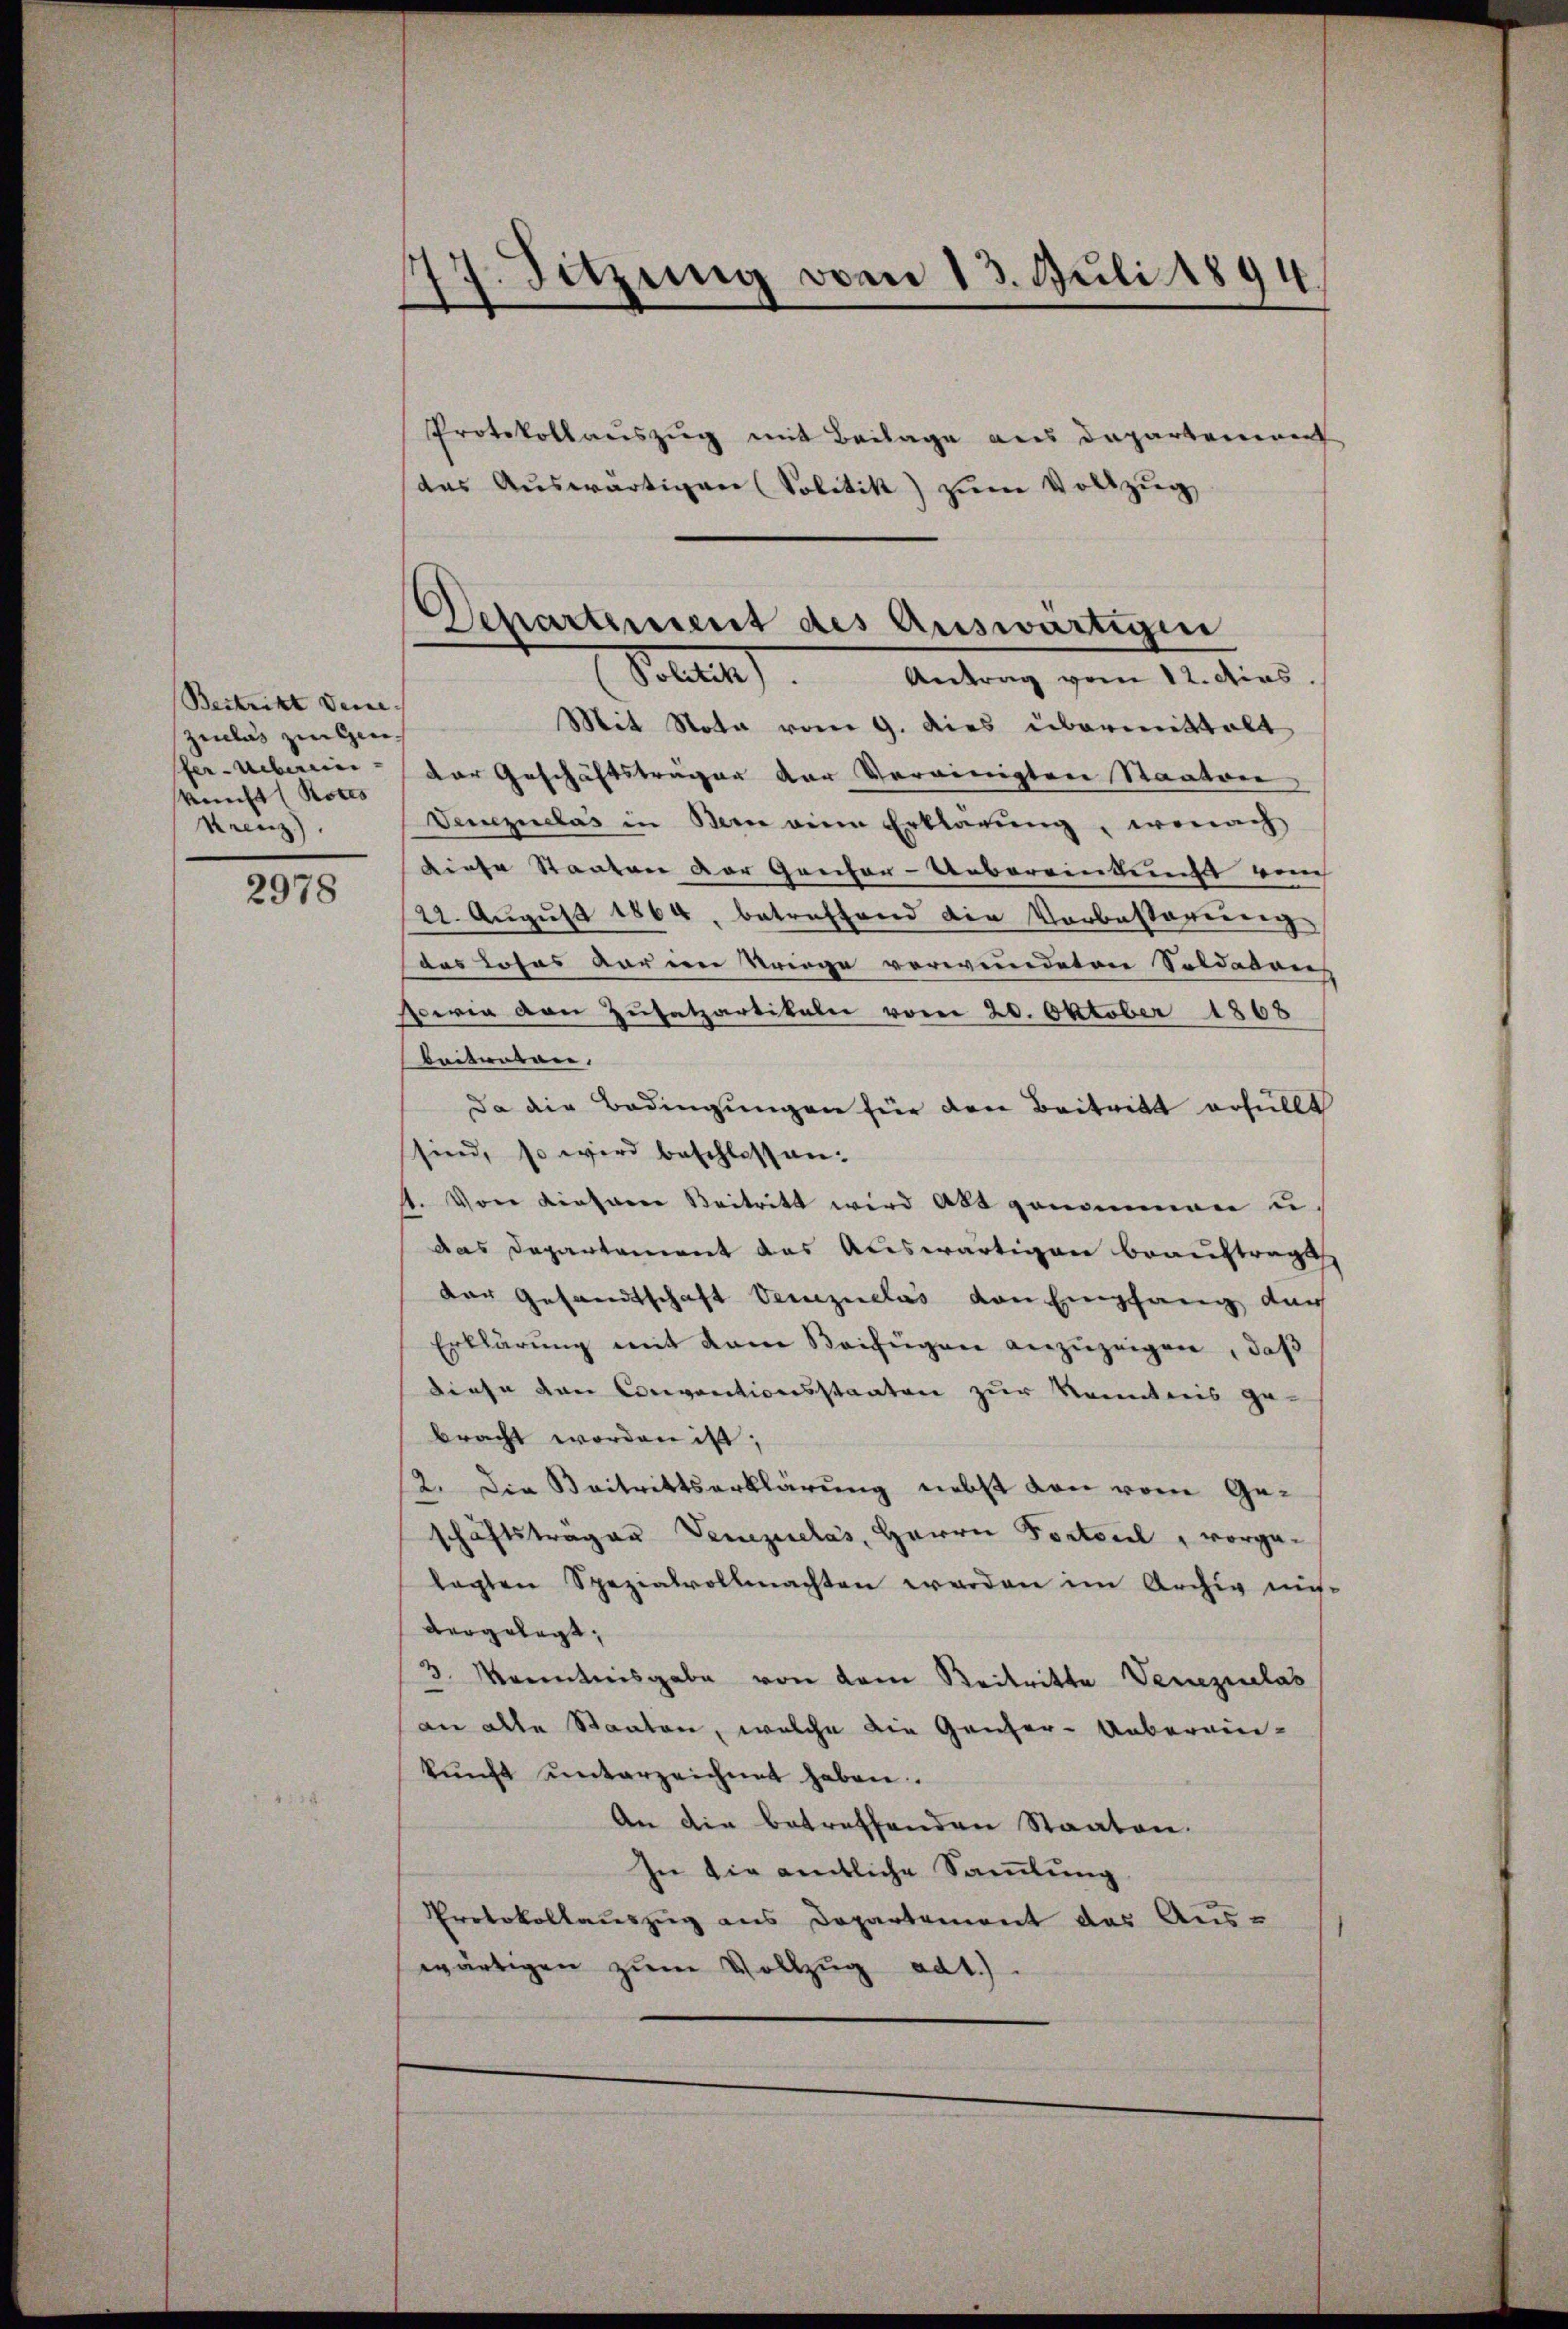
Bestrikt Deine
Ziclas zingen.
fer-Ueberein-
Reicht (Rotes
Krenz).

2978

77. Sitzung vom 13. Juli 1894

Mit Nota vom 9. dies übermittalt
der Geschäftsträgen der Vereinigten Staaten
Demzuclas in Berne eine Erklärung, wonach
Diese Staaten der Gricher-Uebereinkunft von
122. August 1864, betreffend die Vorbastarrung
das Loses dar im Kriege verwendeten Soldadon
oeria den Zusatzartikeln vom 20. Oktober 1868
baitreten.
Da die Bedingungen für den Beitritt erfüllt
sind, so wird beschlossen:
1. Von Kiesaren Beitritt wird abt genommen u
das Departement das Auswärtigen beauftragt
der Gesandtschaft Verzuclas von Empfang durch
Erklärung mit dem Beifügen anzuzeigen, daß
diese den Conventionsstaaten zur Kenntnis ge-
bracht worden ist;
2. Die Beitrittserklärung nebst von vom Geschäftsträger Venezielás, Herrn Fortsel, vorgelagten Spezialvollmachten werden im Archiv nis
vergelegt,
3. Manntnisgabe von dem Reitritte Venezulas
an alle Staaten, welche die Genfer-Ueberein-
kŭnft unterzeichnet haben.
An die betreffenden Staaten.
In die amtliche Sammlung
Protokollauszug aus Departement des Aus-
wärtigen zum Vollzug ad1.).

Protokollauszug mit Beilage aus Departenenen
das Aŭswärtigen Solitik zŭm Vollzŭg

d
Departement des Auswärtigen
Politik. Antrag vom 12. dies